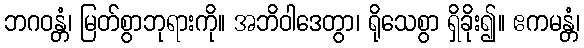
ဘဂဝန္တံ၊ မြတ်စွာဘုရားကို။ အဘိဝါဒေတွာ၊ ရိုသေစွာ ရှိခိုး၍။ ဧကမန္တံ၊